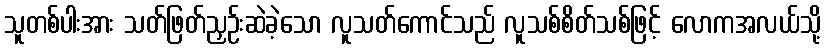
သူတစ်ပါးအား သတ်ဖြတ်ညှဉ်းဆဲခဲ့သော လူသတ်ကောင်သည် လူသစ်စိတ်သစ်ဖြင့် လောကအလယ်သို့